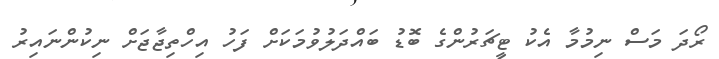
ރޯދަ މަސް ނިމުމާ އެކު ޓީޗަރުންގެ ބޮޑު ބައްދަލުވުމަކަށް ފަހު އިހްތިޖާޖަށް ނިކުންނައިރު